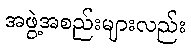
အဖွဲ့အစည်းများလည်း